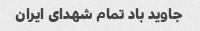
جاوید باد تمام شهدای ایران